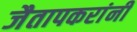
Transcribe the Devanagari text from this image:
जैतापकरांनी